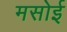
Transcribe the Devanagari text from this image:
मसोई